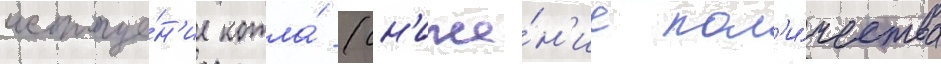
истоще́н'ие котла́ (сн'иже́н'ие кол'и́чества